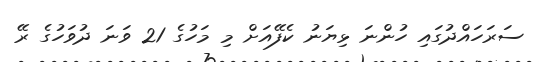
ސަރަހައްދުގައި ހުންނަ ޅިޔަނު ކެފޭއަށް މި މަހުގެ 21 ވަނަ ދުވަހުގެ ރޭ